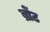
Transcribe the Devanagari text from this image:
ब्रोंट